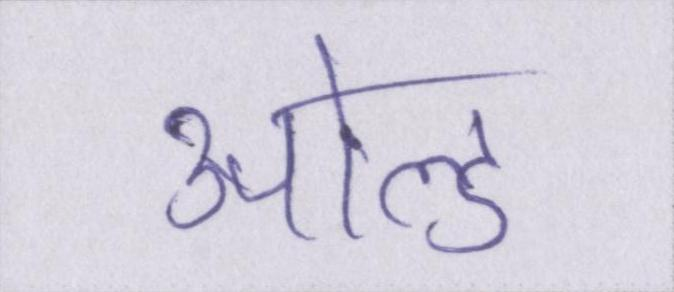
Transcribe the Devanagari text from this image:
ओल्ड